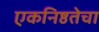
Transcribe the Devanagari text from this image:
एकनिष्ठतेचा